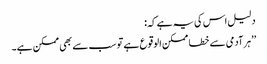
دلیل اس کی یہ ہے کہ:
’’ہر آدمی سے خطا ممکن الوقوع ہے تو سب سے بھی ممکن ہے۔